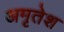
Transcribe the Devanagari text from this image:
अमृतेश